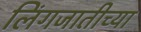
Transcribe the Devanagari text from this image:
लिंगजातीच्या